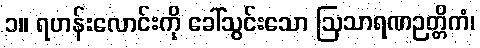
၁။ ရဟန်းလောင်းကို ခေါ်သွင်းသော ဩသာရဏဉတ္တိကံ၊